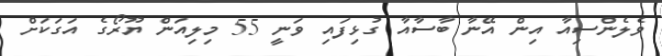
ވެލެންސިއާ އިން އޭނާ ބާސާއާ ގުޅިފައި ވަނީ 55 މިލިއަން ޔޫރޯގެ އަގަކަށް